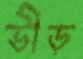
ভীড়